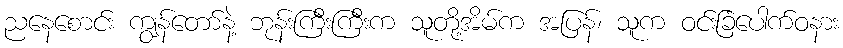
ညနေစောင်း ကျွန်တော်နဲ့ ဘုန်းကြီးကြီးက သူတို့အိမ်က အပြန်၊ သူက ဝင်းခြံပေါက်ဝနား